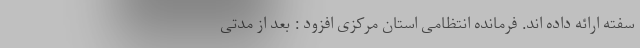
سفته ارائه داده اند. فرمانده انتظامی استان مرکزی افزود : بعد از مدتی